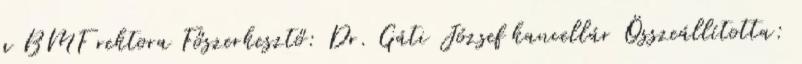
a BMF rektora Főszerkesztő: Dr. Gáti József kancellár Összeállította: